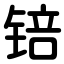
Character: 锫